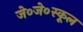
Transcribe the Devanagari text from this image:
जे०जे०स्कूल